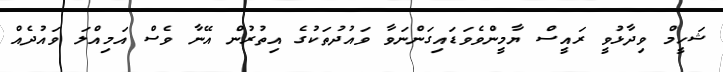
ޝަހީމް ވިދާޅުވީ ރައީސް ޔާމީންވެވަޑައިގަންނަވާ ވައުދުތަކުގެ އިތުރުން އޭނާ ވެސް އަމިއްލަ ވައުދެއް